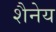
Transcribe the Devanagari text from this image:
शैनेय